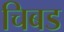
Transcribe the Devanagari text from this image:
चिबड